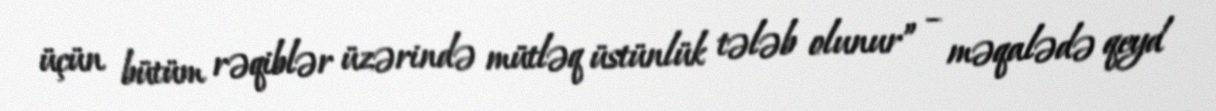
üçün bütüm rəqiblər üzərində mütləq üstünlük tələb olunur” – məqalədə qeyd